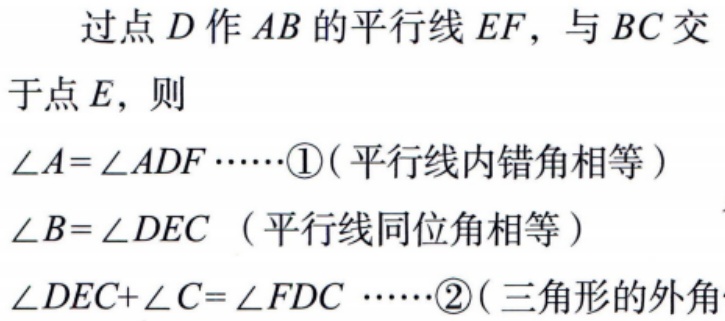
过点\(D\)作\(AB\)的平行线\(EF\)，与\(BC\)交于点\(E\)，则
\(\angle A = \angle ADF\cdots\cdots\textcircled{1}\)（平行线内错角相等）
\(\angle B = \angle DEC\)（平行线同位角相等）
\(\angle DEC + \angle C = \angle FDC\cdots\cdots\textcircled{2}\)（三角形的外角）